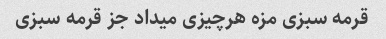
قرمه سبزی مزه هرچیزی میداد جز قرمه سبزی